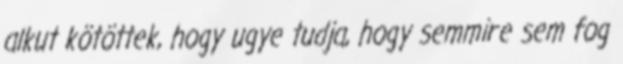
alkut kötöttek, hogy ugye tudja, hogy semmire sem fog